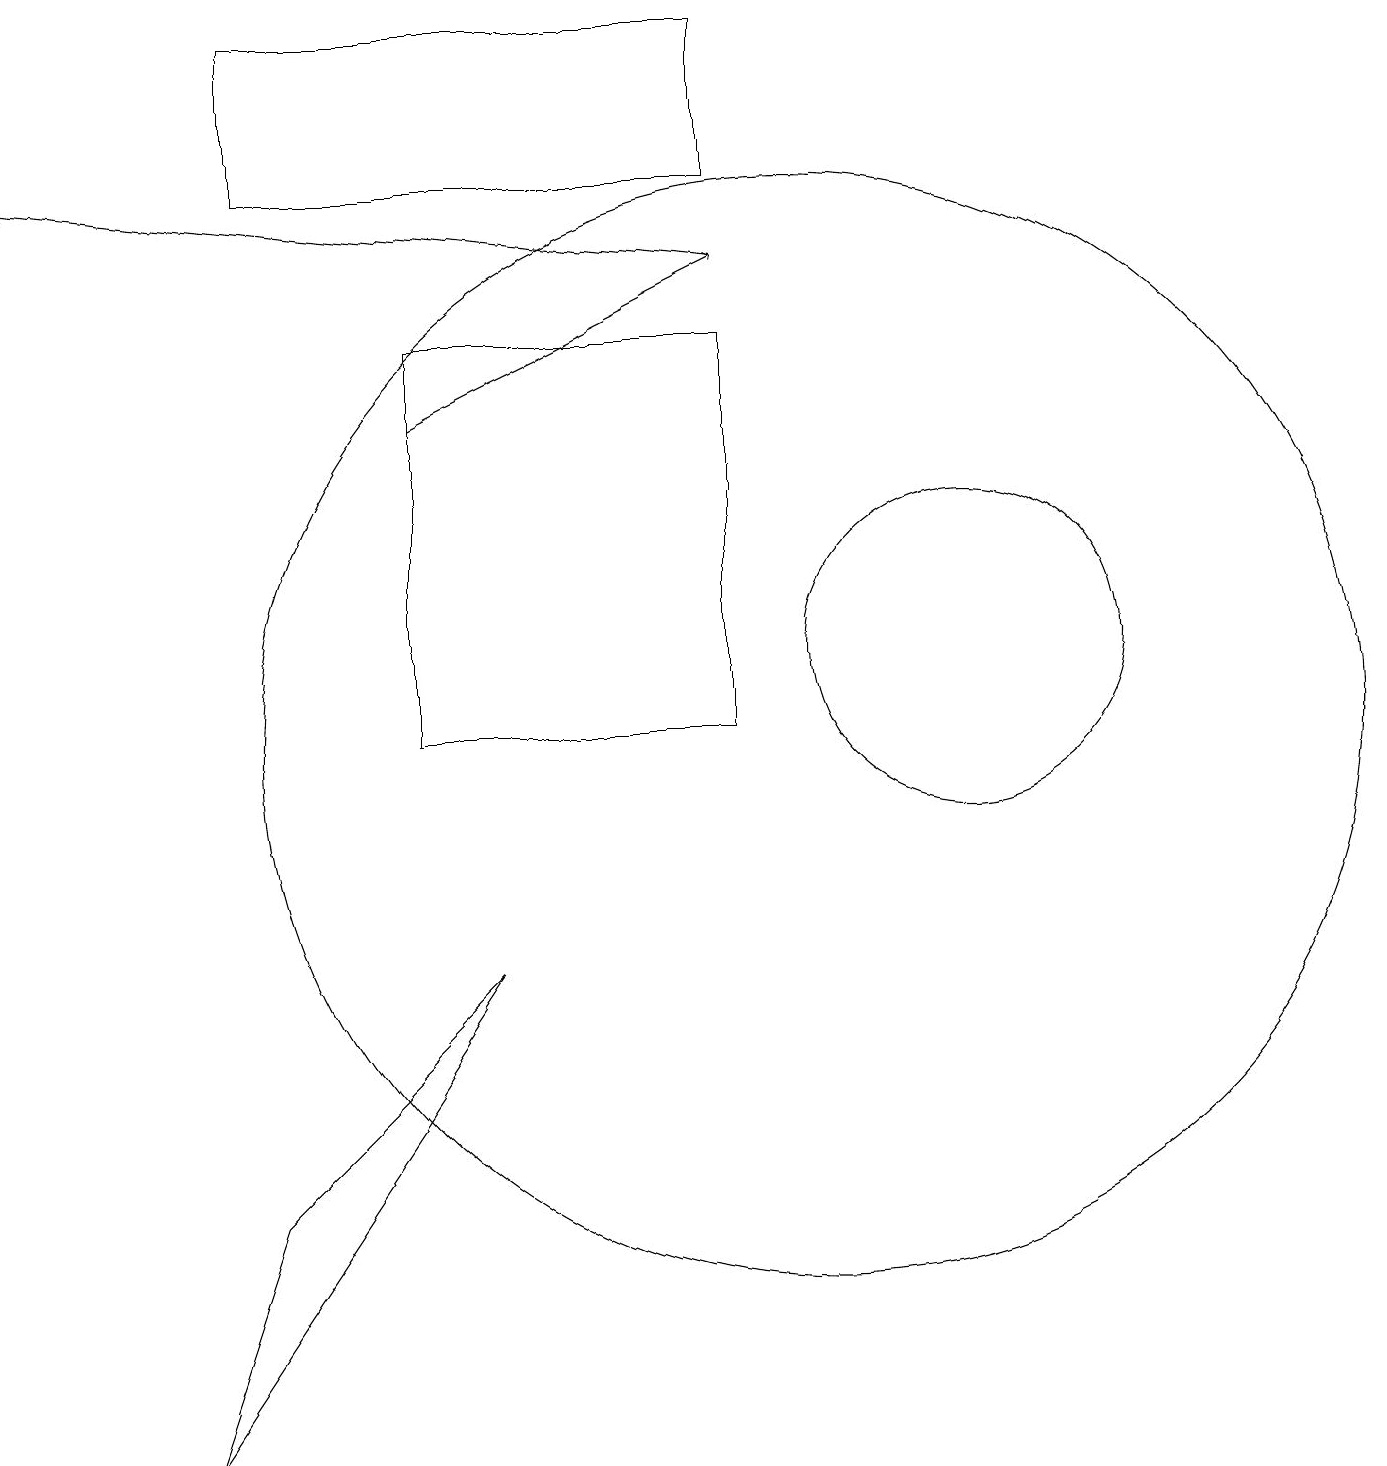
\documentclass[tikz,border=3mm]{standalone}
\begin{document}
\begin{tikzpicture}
\draw (2,1) -- (3,4) -- (6,7) -- cycle;
\draw[->] (9,16) -- (0,17);
\draw (10,10) circle (7);
\draw (12,11) circle (2);
\draw (5,15) rectangle (9,10);
\draw[->] (5,14) -- (9,16);
\draw (9,17) rectangle (3,19);
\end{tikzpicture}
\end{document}